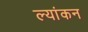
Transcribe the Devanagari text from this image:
ल्यांकन